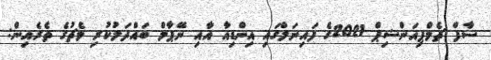
ސާފް ޗެމްޕިއަންޝިޕް 2021ގެ ފައިނަލްގައި އިންޑިއާ އާއި ނޭޕާލް ބައްދަލުކުރި މެޗުގެ ތެރެއިން: